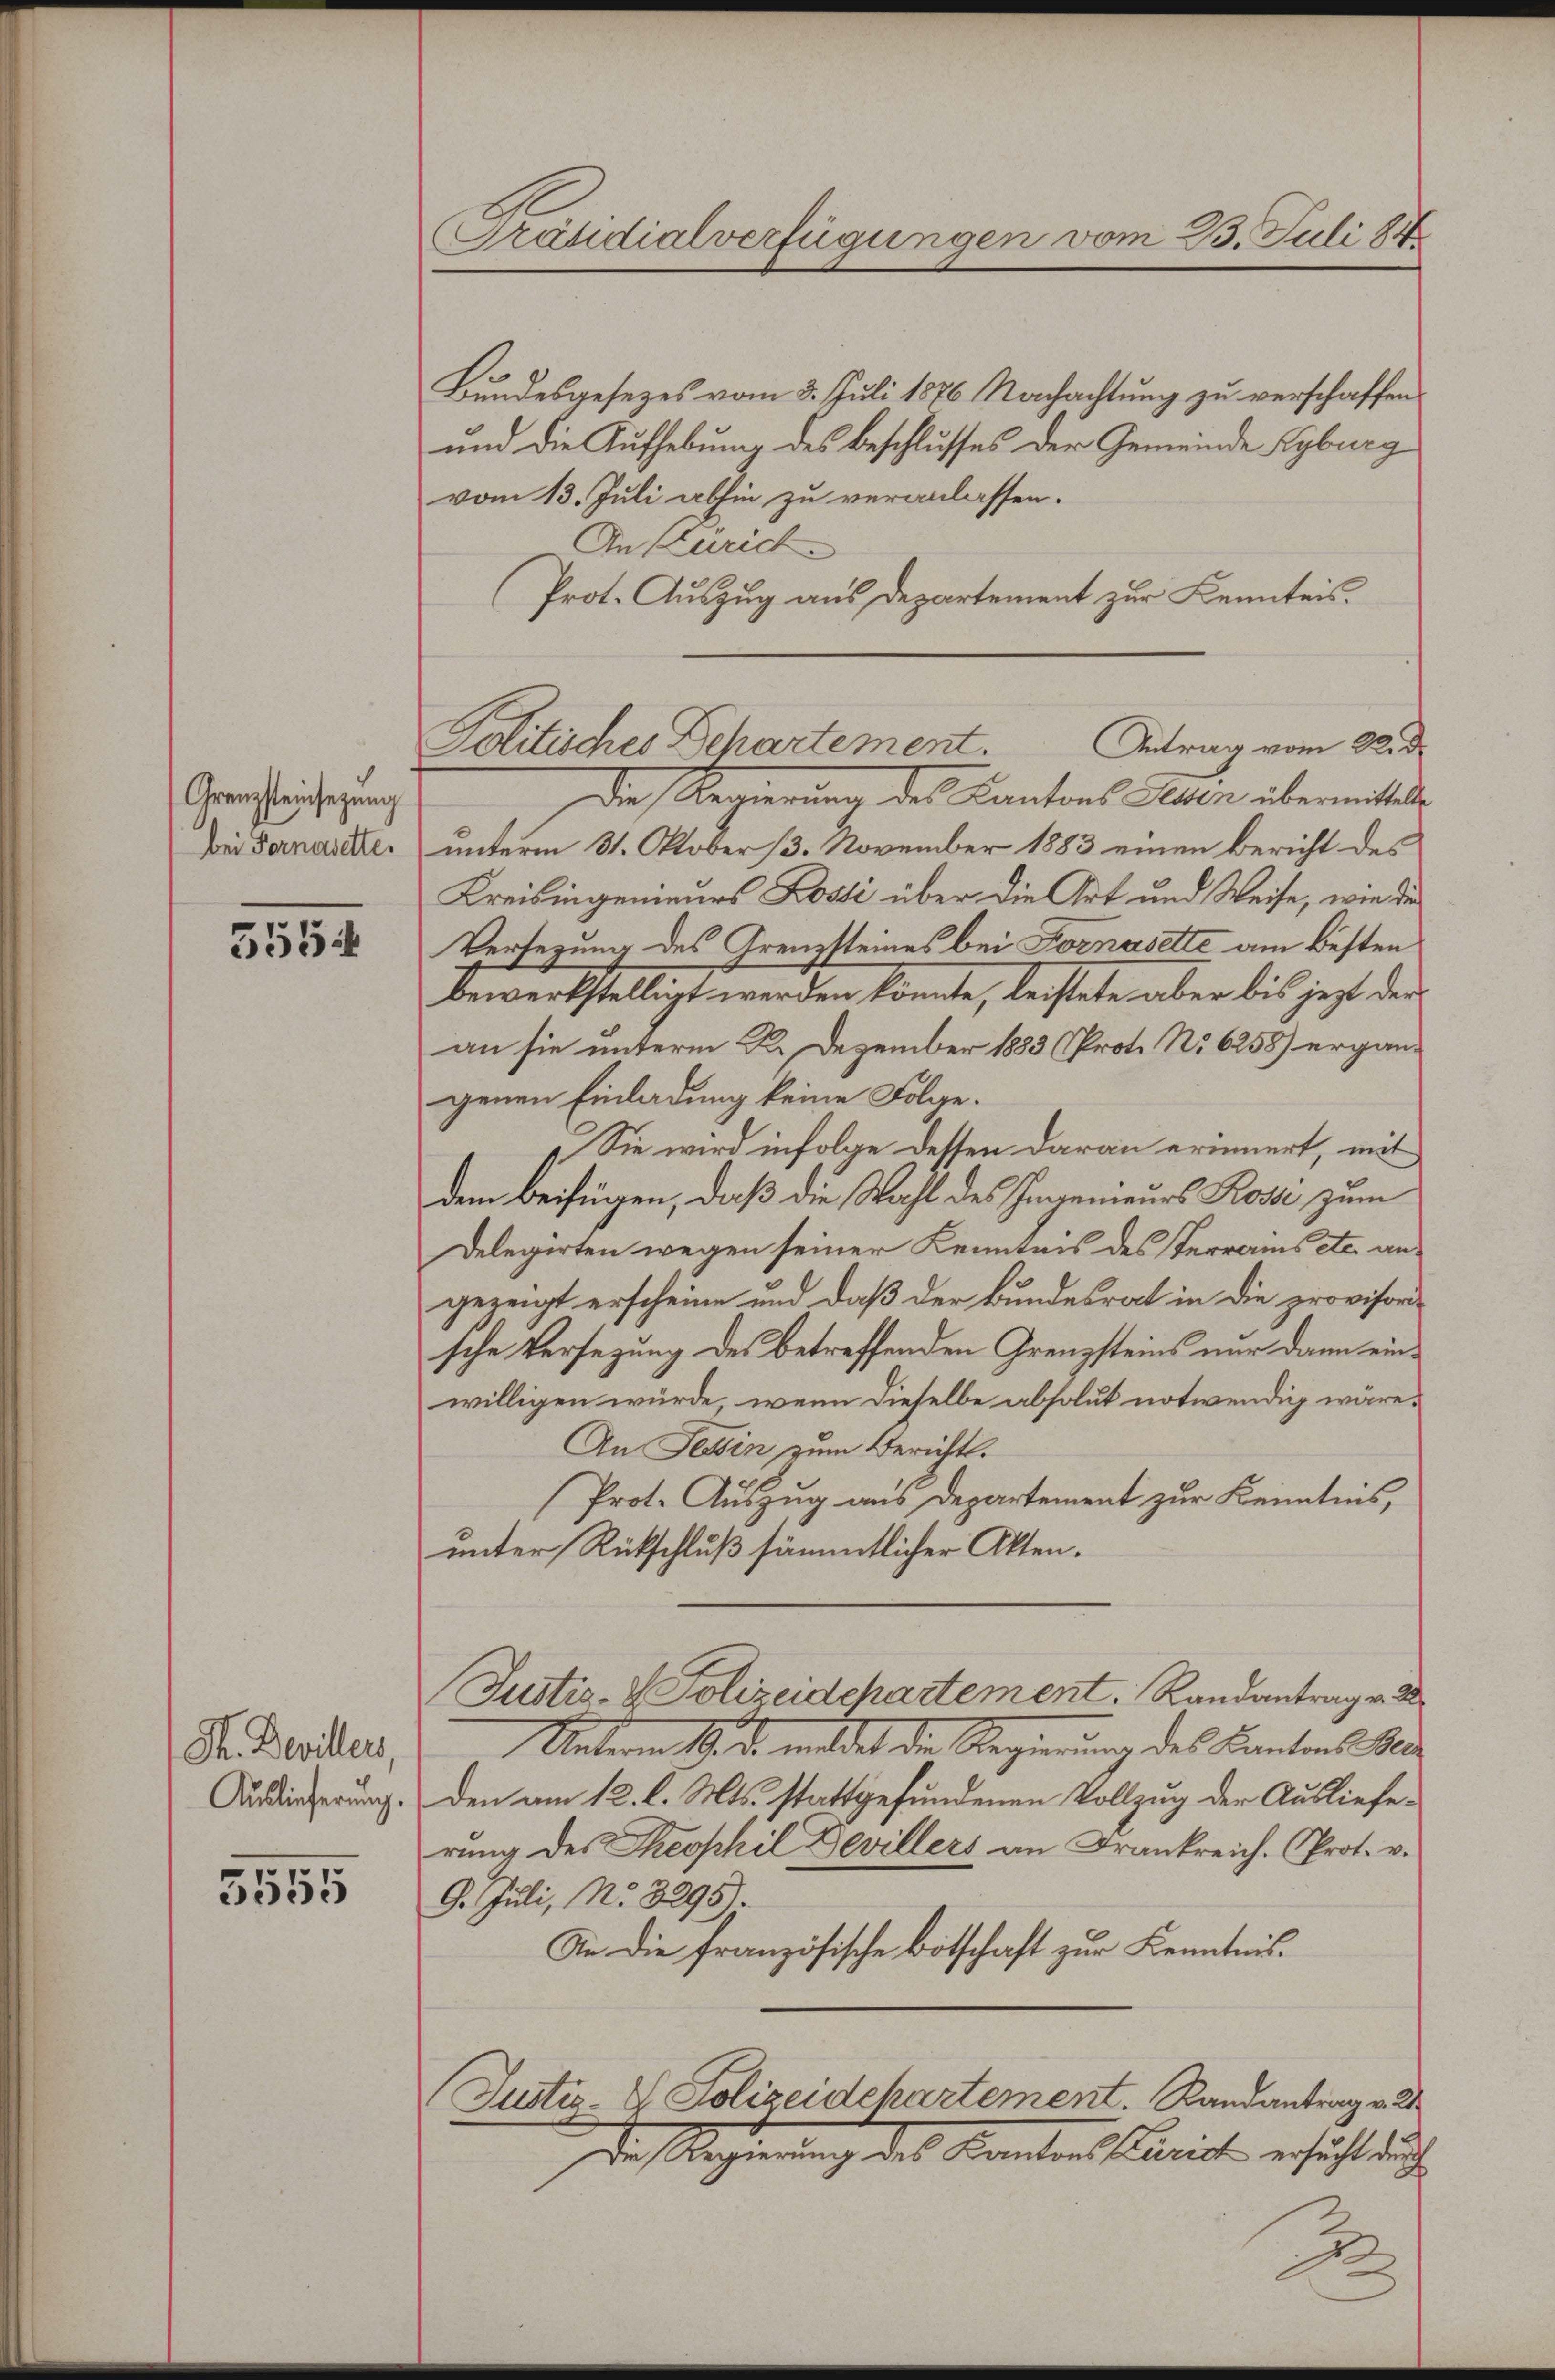
Grenzsteinsezung
bei Fernasette.

555

Ph. Devillers,
Auslieferung.

3555

Präsidialverfügungen vom 23. Juli 184

Politisches Departement.
Antrag vom 22. d.

Bŭndesgesetzes vom 3. Juli 1876 Nachachtŭng zŭ verschaffen.
und die Aufhebung des Beschlusses der Gemeinde Kyburg
vom 13. Juli abhin zu veranlassen.
An Curich.
Prot. Auszug aus Departement zur Kenntnis.
Die Regierung des Kantons Peten übermittete
unterm 31. Oktober 13. November 1883 einen Bericht des
Kreisingenieurs Lossé über die Art und Weise, wie dies
Versezung des Grenzsteines bei Fornasette am besten
bewerkstelligt werden könnte, leistete aber bis jezt der
an sie unterm 22. Dezember 1883 (Prot. No 6258) ergängenen Einladung keine Folge.
Sie wird infolge dessen daran erinnert, mit
dem Beifügen, daß die Wahl des Ingenieurs Rosse zum
Delegirten wegen seiner Kenntnis des Terrains etc. angezeigt erscheine und daß der Bundesrat in die provisorische Versezung des betreffenden Grenzsteins nur dann einwilligen würde, wenn dieselbe absolut notwendig wäre.
An Tessin zum Berichts.
Prot. Auszug aus Departement zur Kenntnis,
unter Rückschluß sämmtlicher Akten.
Justiz- & Polizeidchartement. Randantrag v. 2
Unterm 19. d. meldet die Regierung des Kantons e
den am 12. l. Mts. stattgefundenen Vollzug der Auslieferŭng des Theophil Devillers an Frankreich. Prot. v.
9. Juli, No. 3295).
Sie die französische Botschaft zur Kenntnis¬
Justiz- & Polizeidchartement. Randantrag v. 21
Der Regierung des Kanton Pariat ersicht auch

.